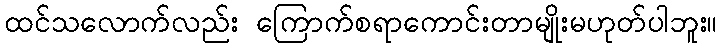
ထင်သလောက်လည်း ကြောက်စရာကောင်းတာမျိုးမဟုတ်ပါဘူး။